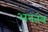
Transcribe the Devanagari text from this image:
अनतंत्र